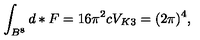
\int _ { B ^ { 8 } } d \ast F = 1 6 \pi ^ { 2 } c V _ { K 3 } = ( 2 \pi ) ^ { 4 } ,